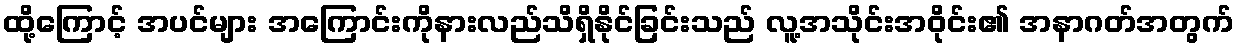
ထို့ကြောင့် အပင်များ အကြောင်းကိုနားလည်သိရှိနိုင်ခြင်းသည် လူ့အသိုင်းအဝိုင်း၏ အနာဂတ်အတွက်